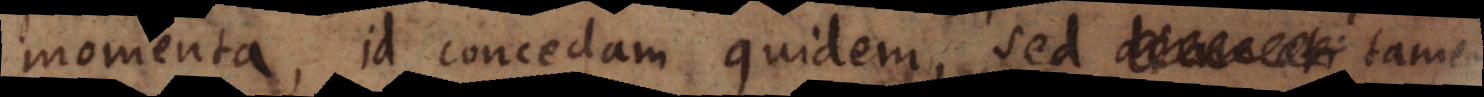
momenta, id concedam quidem, sed deum